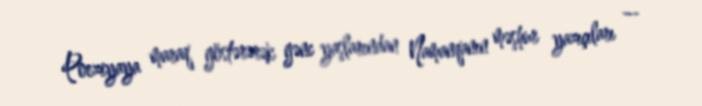
Poeziyaya maraq göstərərək gənc yaşlarından Namanqanın məşhur yazıçıları —